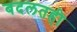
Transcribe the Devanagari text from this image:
बदलतही